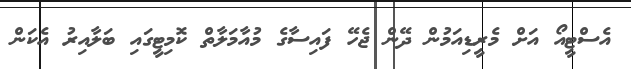
އެސްޓީއޯ އަށް މެރީޑިއަމުން ދޭން ޖެހޭ ފައިސާގެ މުއާމަލާތް ކޮމިޓީގައި ބަލާއިރު އެކަން